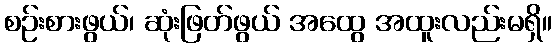
စဉ်းစားဖွယ်၊ ဆုံးဖြတ်ဖွယ် အထွေ အထူးလည်းမရှိ။